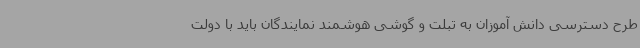
طرح دسترسی دانش آموزان به تبلت و گوشی هوشمند نمایندگان باید با دولت